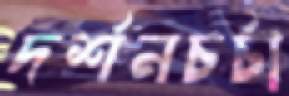
দর্শনচর্চা